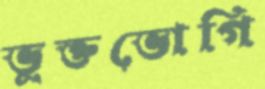
ভুক্তভোগি